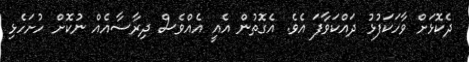
ދެކޮޅަށް ވާހަކަފުޅު ދައްކަވާފަ އެވެ. އެގޮތުން އެއީ އެއްވެސް ދިރާސާއެއް ނުކޮށް ހުށަހެޅި